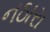
નઠારા